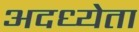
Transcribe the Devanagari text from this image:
अदध्येता